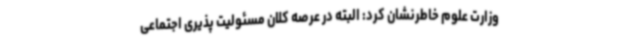
وزارت علوم خاطرنشان کرد: البته در عرصه کلان مسئولیت پذیری اجتماعی